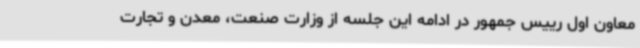
معاون اول رییس جمهور در ادامه این جلسه از وزارت صنعت، معدن و تجارت